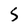
Character: S